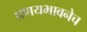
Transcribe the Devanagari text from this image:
प्रणयभावनेच